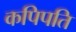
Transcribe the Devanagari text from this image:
कपिपति